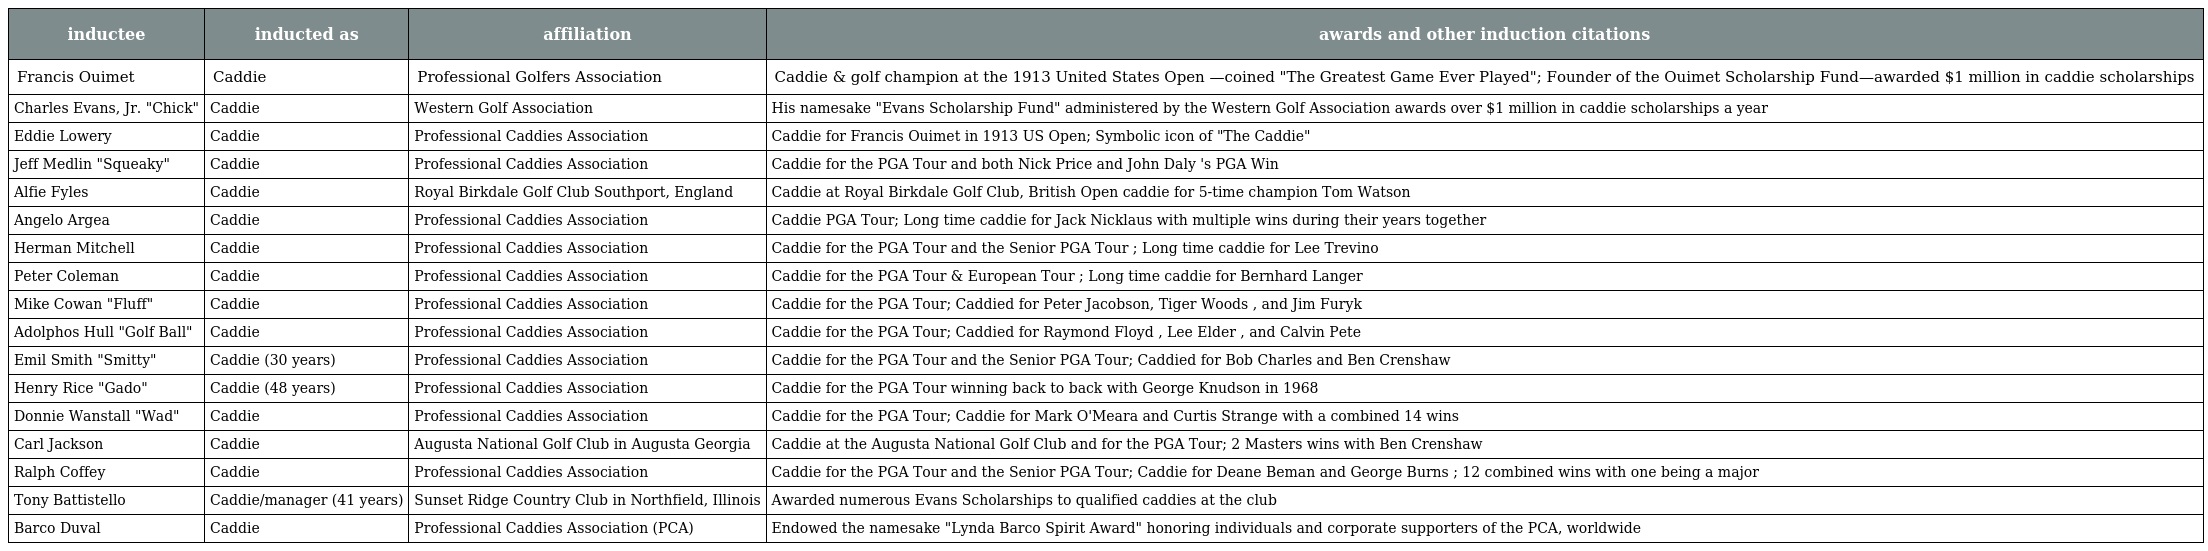
| inductee | inducted as | affiliation | awards and other induction citations |
 | --- | --- | --- | --- |
 | Francis Ouimet | Caddie | Professional Golfers Association | Caddie & golf champion at the 1913 United States Open —coined "The Greatest Game Ever Played"; Founder of the Ouimet Scholarship Fund—awarded $1 million in caddie scholarships |
 | Charles Evans, Jr. "Chick" | Caddie | Western Golf Association | His namesake "Evans Scholarship Fund" administered by the Western Golf Association awards over $1 million in caddie scholarships a year |
 | Eddie Lowery | Caddie | Professional Caddies Association | Caddie for Francis Ouimet in 1913 US Open; Symbolic icon of "The Caddie" |
 | Jeff Medlin "Squeaky" | Caddie | Professional Caddies Association | Caddie for the PGA Tour and both Nick Price and John Daly 's PGA Win |
 | Alfie Fyles | Caddie | Royal Birkdale Golf Club Southport, England | Caddie at Royal Birkdale Golf Club, British Open caddie for 5-time champion Tom Watson |
 | Angelo Argea | Caddie | Professional Caddies Association | Caddie PGA Tour; Long time caddie for Jack Nicklaus with multiple wins during their years together |
 | Herman Mitchell | Caddie | Professional Caddies Association | Caddie for the PGA Tour and the Senior PGA Tour ; Long time caddie for Lee Trevino |
 | Peter Coleman | Caddie | Professional Caddies Association | Caddie for the PGA Tour & European Tour ; Long time caddie for Bernhard Langer |
 | Mike Cowan "Fluff" | Caddie | Professional Caddies Association | Caddie for the PGA Tour; Caddied for Peter Jacobson, Tiger Woods , and Jim Furyk |
 | Adolphos Hull "Golf Ball" | Caddie | Professional Caddies Association | Caddie for the PGA Tour; Caddied for Raymond Floyd , Lee Elder , and Calvin Pete |
 | Emil Smith "Smitty" | Caddie (30 years) | Professional Caddies Association | Caddie for the PGA Tour and the Senior PGA Tour; Caddied for Bob Charles and Ben Crenshaw |
 | Henry Rice "Gado" | Caddie (48 years) | Professional Caddies Association | Caddie for the PGA Tour winning back to back with George Knudson in 1968 |
 | Donnie Wanstall "Wad" | Caddie | Professional Caddies Association | Caddie for the PGA Tour; Caddie for Mark O'Meara and Curtis Strange with a combined 14 wins |
 | Carl Jackson | Caddie | Augusta National Golf Club in Augusta Georgia | Caddie at the Augusta National Golf Club and for the PGA Tour; 2 Masters wins with Ben Crenshaw |
 | Ralph Coffey | Caddie | Professional Caddies Association | Caddie for the PGA Tour and the Senior PGA Tour; Caddie for Deane Beman and George Burns ; 12 combined wins with one being a major |
 | Tony Battistello | Caddie/manager (41 years) | Sunset Ridge Country Club in Northfield, Illinois | Awarded numerous Evans Scholarships to qualified caddies at the club |
 | Barco Duval | Caddie | Professional Caddies Association (PCA) | Endowed the namesake "Lynda Barco Spirit Award" honoring individuals and corporate supporters of the PCA, worldwide |